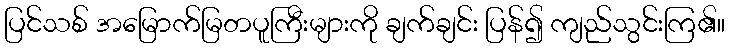
ပြင်သစ် အမြောက်မြတပူကြီးများကို ချက်ချင်း ပြန်၍ ကျည်သွင်းကြ၏။